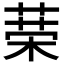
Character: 𦴇